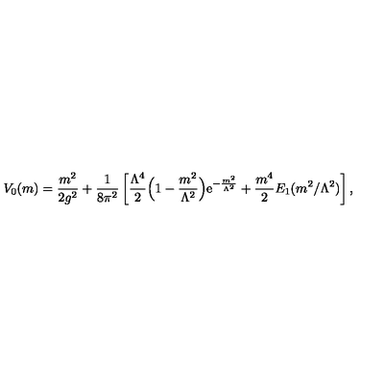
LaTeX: V _ { 0 } ( m ) = { \frac { m ^ { 2 } } { 2 g ^ { 2 } } } + { \frac { 1 } { 8 \pi ^ { 2 } } } \left[ { \frac { \Lambda ^ { 4 } } { 2 } } \Bigl ( 1 - { \frac { m ^ { 2 } } { \Lambda ^ { 2 } } } \Bigr ) { \mathrm { e } } ^ { - { \frac { m ^ { 2 } } { \Lambda ^ { 2 } } } } + { \frac { m ^ { 4 } } { 2 } } E _ { 1 } ( { m ^ { 2 } / \Lambda ^ { 2 } } ) \right] ,